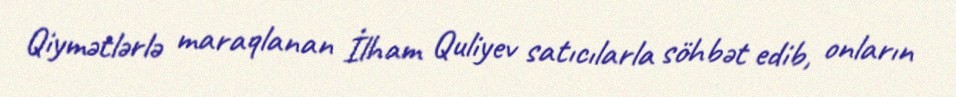
Qiymətlərlə maraqlanan İlham Quliyev satıcılarla söhbət edib, onların